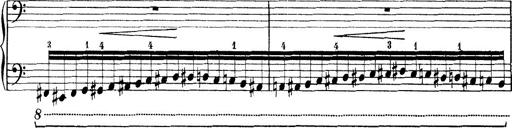
Title: Rapsodie: 19 ungheresi, 1 spagnuola
Composer: Franz Liszt